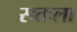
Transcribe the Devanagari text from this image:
स्व्तःला